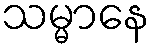
သမ္မာနေ